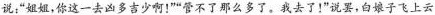
说：“姐姐，你这一去凶多吉少啊！”“管不了那么多了。我去了！”说罢，白娘子飞上云